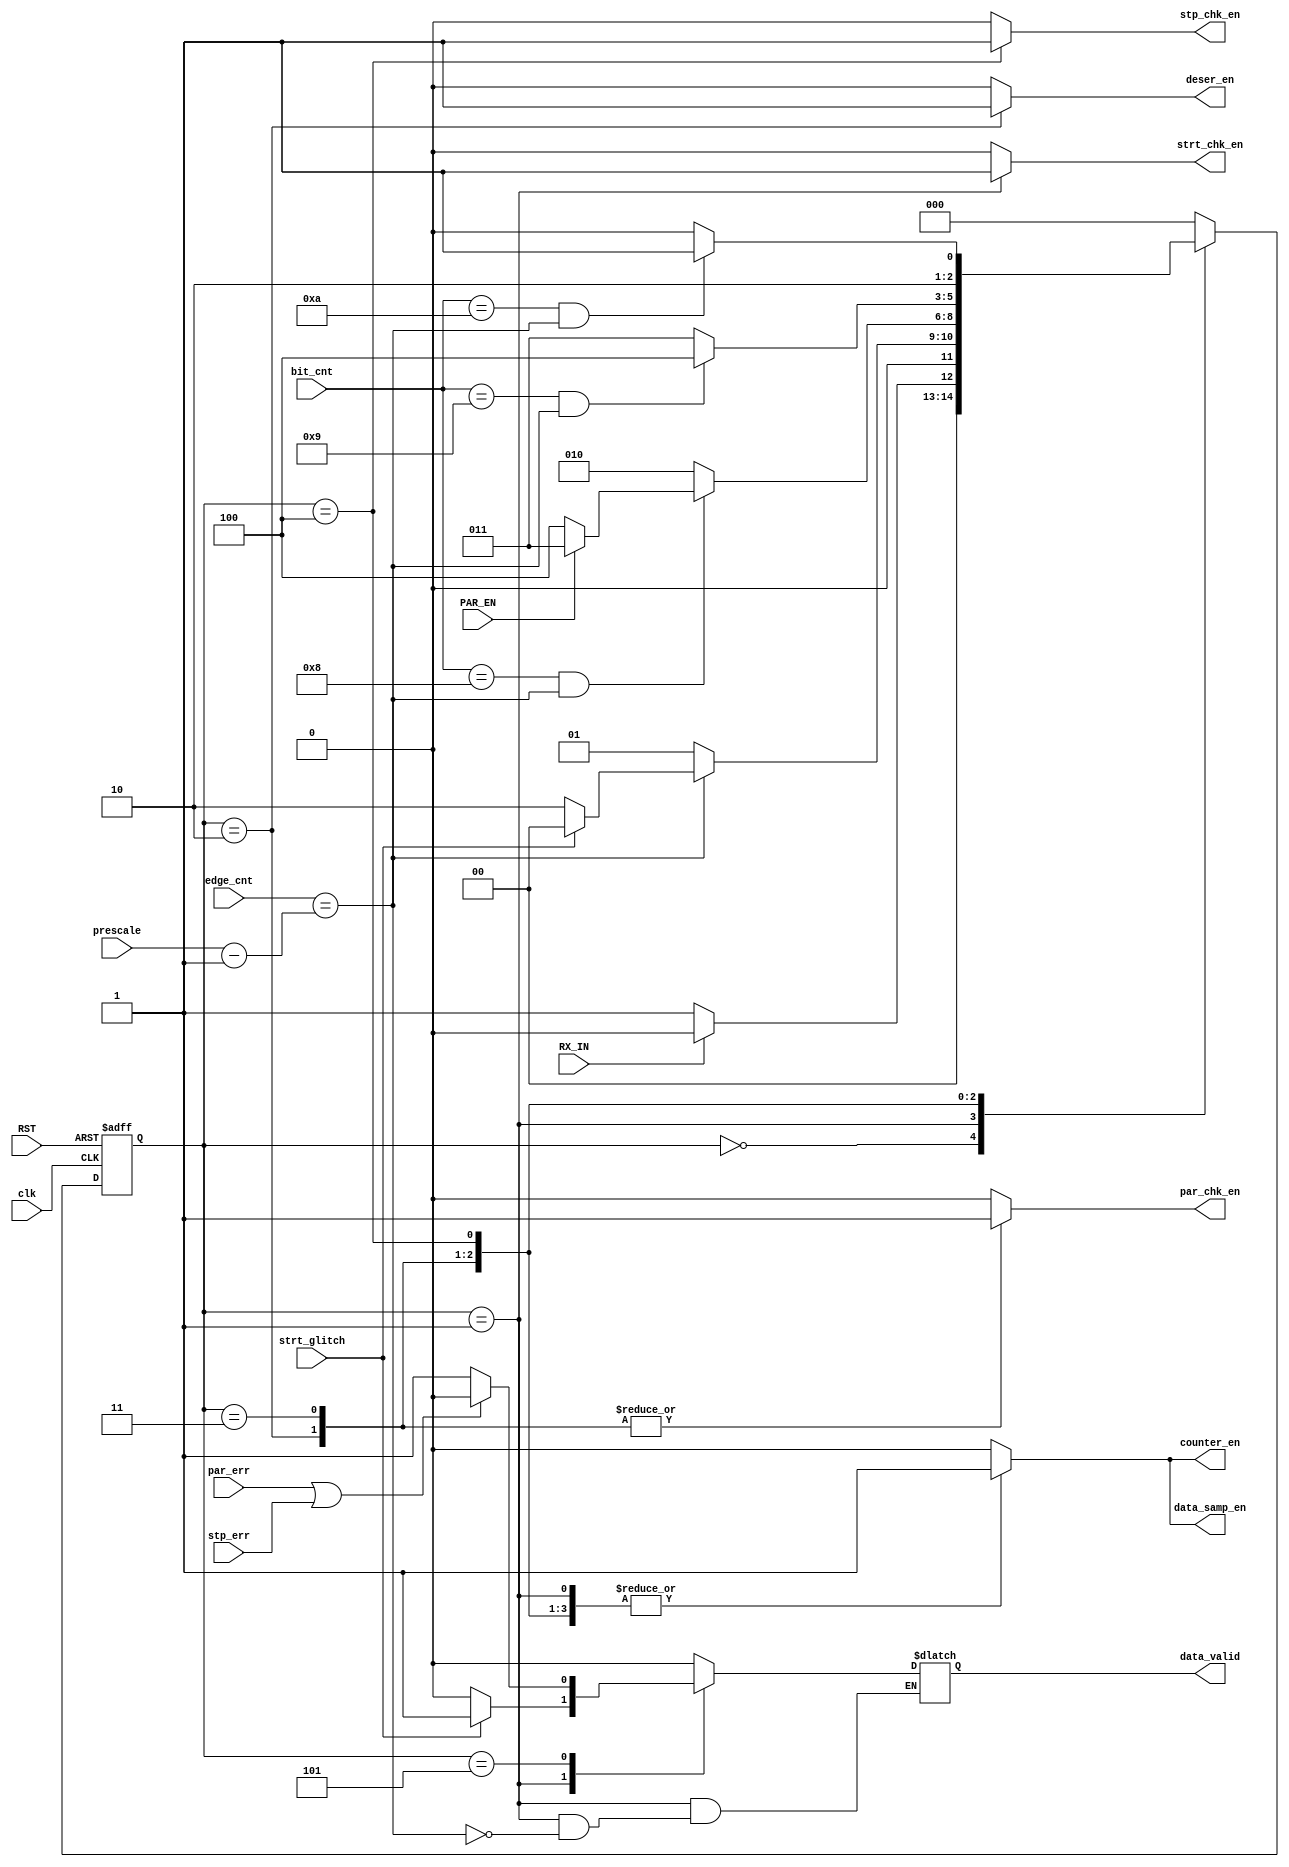
module FSM_RX (
    input wire clk,
    input wire RST,
    input wire RX_IN,
    input wire [3:0] bit_cnt,
    input wire [4:0] edge_cnt,
    input wire PAR_EN,
    input wire par_err,
    input wire strt_glitch,
    input wire stp_err,
    input wire [4:0] prescale,

    output reg par_chk_en,
    output reg strt_chk_en,
    output reg stp_chk_en,
    output reg deser_en,
    output reg counter_en,
    output reg data_samp_en,
    output reg data_valid

);

localparam IDLE   =  3'b0,
           start  =  3'b001,
           data   =  3'b010,
           parity =  3'b011,
           stop   =  3'b100,
           valid  =  3'b101;

reg [2:0] state;
reg [2:0] next_state;

always @(posedge clk or negedge RST) 
    begin
        if (!RST) 
            state<=IDLE;
        else
            state<=next_state;
    end


always @(*) 
    begin
        case (state)
            IDLE:
                begin
                    par_chk_en=0;
                    strt_chk_en=0;
                    stp_chk_en=0;
                    data_valid=0;
                    deser_en=0;
                    counter_en=0;
                    data_samp_en=0;
                    if (!RX_IN) 
                        next_state=start;
                    else
                        next_state=IDLE;
                end
            start:
                begin
                    par_chk_en=0;
                    stp_chk_en=0;
                    deser_en=1'b0;
                    counter_en=1;
                    data_samp_en=1;
                    strt_chk_en=1;

                    if (edge_cnt==(prescale-1'b1))
                        begin 
                            if (strt_glitch) 
                                begin
                                    next_state=IDLE;
                                    data_valid=1; 
                                end
                            else
                                begin
                                    next_state=data;
                                    data_valid=0; 
                                end  
                            
                        end
                    else
                        begin 
                            next_state=start;
                        end
                end
            data:
                begin
                   
                    par_chk_en=1;
                    strt_chk_en=0;
                    stp_chk_en=0;
                    deser_en=1'b1;
                    data_valid=0;
                    counter_en=1;
                    data_samp_en=1; 

                    if (bit_cnt==8 && edge_cnt==(prescale-1'b1)) 
                        if(PAR_EN)
                            next_state=parity;
                        else
                            next_state=stop;
                    else
                        next_state=data;
                end
                parity:
                    begin
                        par_chk_en=1;
                        strt_chk_en=0;
                        stp_chk_en=0;
                        deser_en=1'b0;
                        data_valid=0;
                        counter_en=1;
                        data_samp_en=1;

                        if(bit_cnt==9 && edge_cnt==(prescale-1'b1))
                            next_state=stop;
                        else
                            next_state=parity;
                    end
                stop:
                    begin
                        par_chk_en=0;
                        strt_chk_en=0;
                        stp_chk_en=1;
                        deser_en=1'b0;
                        data_valid=0;
                        counter_en=1;
                        data_samp_en=1;

                        
                        if(bit_cnt==10 && edge_cnt==(prescale-1'b1))
                            next_state=valid;
                        else
                            next_state=stop;
                           
                    end

                valid:
                    begin
                       par_chk_en=0;
                       strt_chk_en=0;
                       stp_chk_en=0;
                       deser_en=1'b0; 
                       counter_en=0;
                       data_samp_en=0;

                        
                        if(par_err || stp_err)
                            begin
                                data_valid=0;
                                next_state=IDLE;
                            end
                        else
                            begin
                                data_valid=1;
                                next_state=IDLE;

                            end
                    end
                    default:
                        begin
                            par_chk_en=0;
                            strt_chk_en=0;
                            stp_chk_en=0;
                            data_valid=0;
                            deser_en=0;
                            counter_en=0;
                            data_samp_en=0;
                            next_state=IDLE;
                        end

                    endcase
    end


endmodule